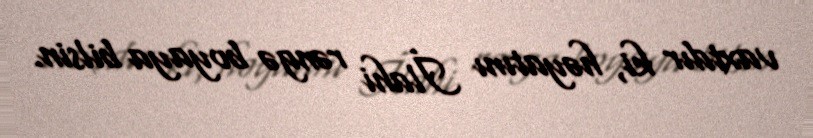
vaxtdır ki, həyatını İlahi rəngə boyaya bilsin.